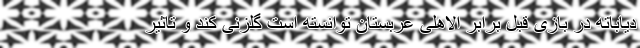
دیاباته در بازی قبل برابر الاهلی عربستان توانسته است گلزنی کند و تاثیر